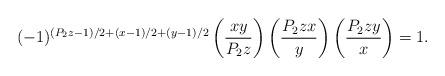
LaTeX: \begin{align*}(-1)^{(P_2z-1)/2 + (x-1)/2 +(y-1)/2}\left(\frac{xy}{P_2z}\right)\left(\frac{P_2zx}{y}\right)\left(\frac{P_2zy}{x}\right) = 1.\end{align*}